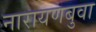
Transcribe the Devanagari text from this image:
नारायणबुवा